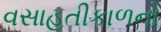
વસાહતીકાળનો